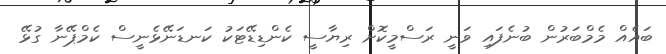
ބައެއް މެމްބަރުން ބުނެފައި ވަނީ ރަސްމީކޮށް ރިޔާސީ ކެންޑިޑޭޓަކު ކަނޑަނޭޅެނީސް ކެމްޕޭނާ ގުޅޭ